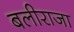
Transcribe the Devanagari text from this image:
बलीराजा